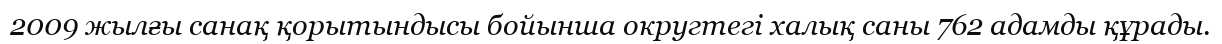
2009 жылғы санақ қорытындысы бойынша округтегі халық саны 762 адамды құрады.